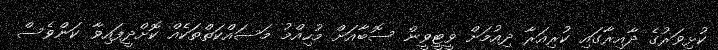
ކުޅިވަރުގެ ދާއިރާގައި ކުރިއަރާ ދިއުމަށް ވީޓީވީން ސޮބާއަށް މުހިއްމު މަސައްކަތްތަކެއް ކޮށްދީފައިވާ ކަންވެސް